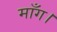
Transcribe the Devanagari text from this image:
माँग।